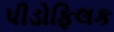
પીડોફિલક